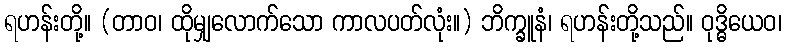
ရဟန်းတို့။ (တာဝ၊ ထိုမျှလောက်သော ကာလပတ်လုံး။) ဘိက္ခူနံ၊ ရဟန်းတို့သည်။ ဝုဒ္ဓိယေဝ၊